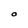
Character: O